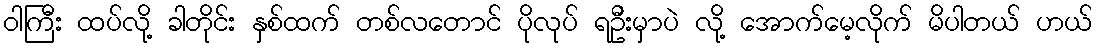
ဝါကြီး ထပ်လို့ ခါတိုင်း နှစ်ထက် တစ်လတောင် ပိုလုပ် ရဦးမှာပဲ လို့ အောက်မေ့လိုက် မိပါတယ် ဟယ်